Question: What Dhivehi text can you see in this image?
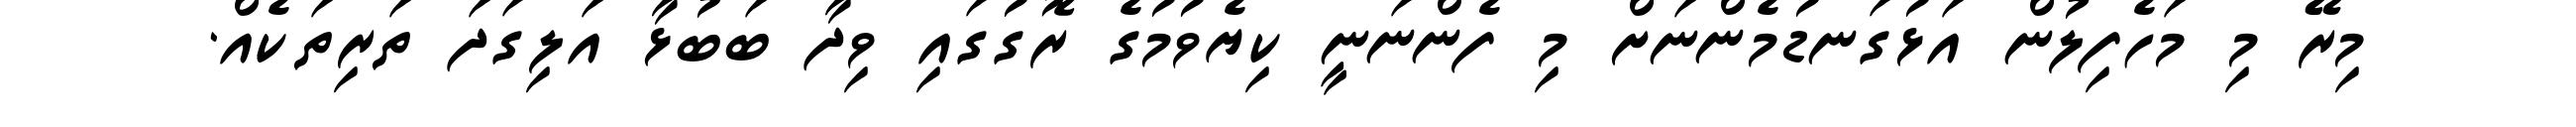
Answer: މިރޭ މި މަހެފިލުން އަޅުގަނޑުމެންނަށް މި ފެންނަނީ ކިޔެވުމުގެ ރޮގުގައި ވިދާ ބަބުޅާ އަލިގަދަ ތަރިތަކެއް.